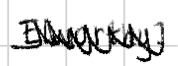
Text: Elworthy.
Cross-out: zig-zag
Writing tool: digital_black